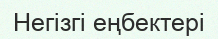
Негізгі еңбектері